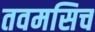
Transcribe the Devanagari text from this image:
तवमसिच